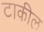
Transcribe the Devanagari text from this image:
टाकील